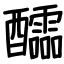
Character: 醽